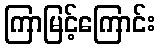
ကြာမြင့်ကြောင်း